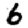
Digit: 6